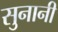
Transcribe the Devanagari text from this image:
सुनानी